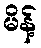
မိန့်